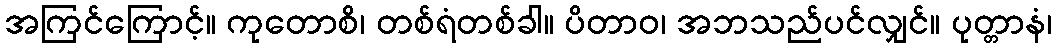
အကြင်ကြောင့်။ ကုတောစိ၊ တစ်ရံတစ်ခါ။ ပိတာဝ၊ အဘသည်ပင်လျှင်။ ပုတ္တာနံ၊